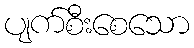
ပျက်စီးစေသော